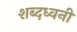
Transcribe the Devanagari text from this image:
शब्दध्वनी